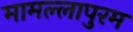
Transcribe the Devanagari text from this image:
मामल्‍लापुरम